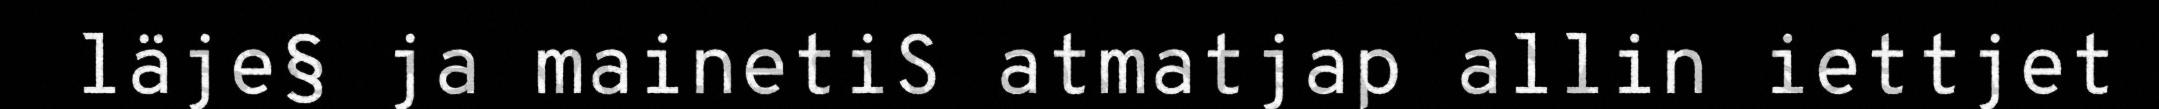
läje§ ja mainetiS atmatjap allin iettjet